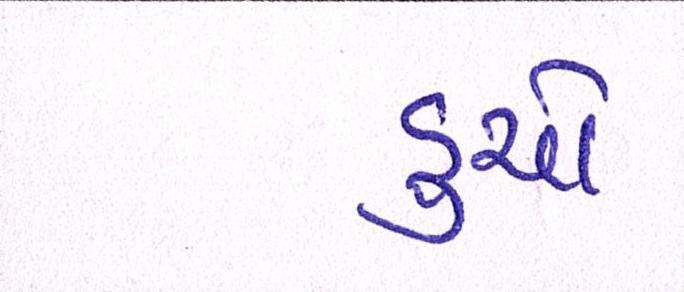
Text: ડુચો